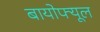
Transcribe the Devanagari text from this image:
बायोफ्यूल